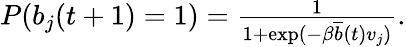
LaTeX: \begin{array}{r}{P(b_{j}(t+1)=1)=\frac{1}{1+\exp(-\beta\overline{{b}}(t)v_{j})}.}\end{array}